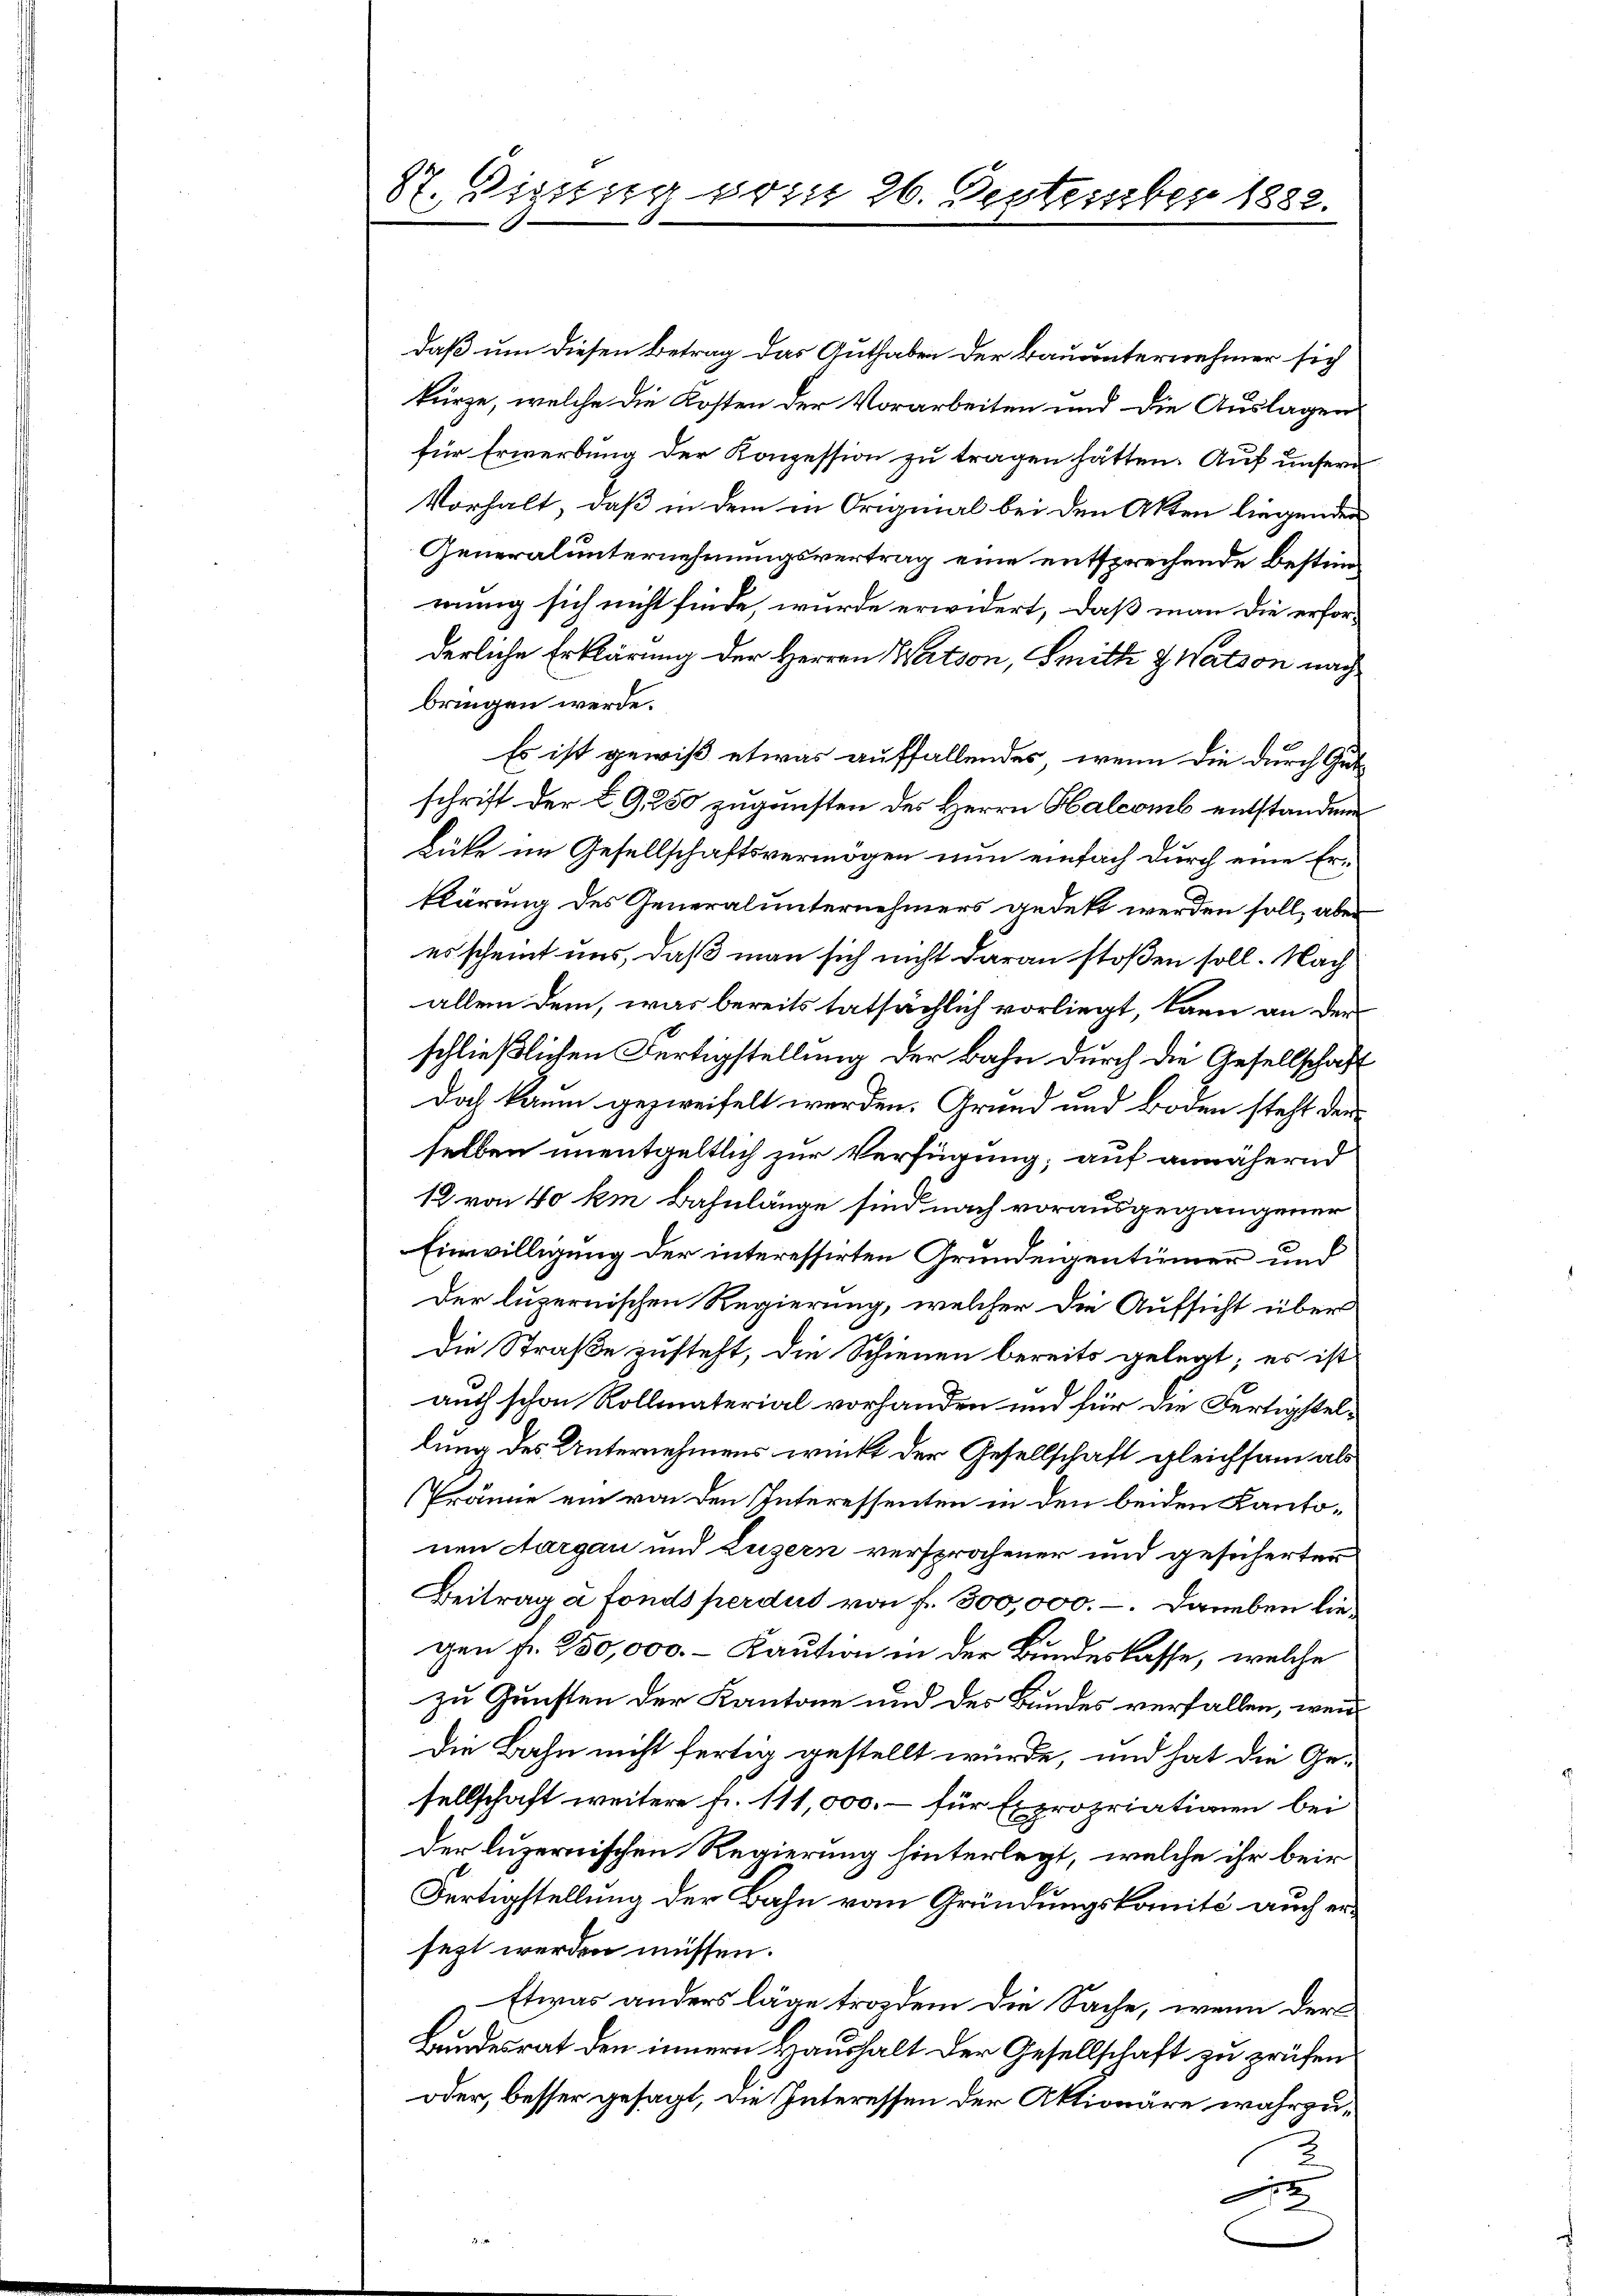
87. Digung vom 26. Destember 1882.

daß um diesen Betrag das Guthaben der Bauunternehmer sich
kürze, welche die Kosten der Vorarbeiten und die Auslagen
für Erwerbung der Konzession zu tragen hätten. Auf unsern
Vorhalt, daß in dem in Original bei den Akten liegenden
Generalunternehmungsvertrag eine entsprechende bestimmung sich nicht finde, wurde erwidert, daß man die erforderliche Erklärung der Herren Witson, Smith & Wation nach
bringen werde.
Es ist gewiß etwas auffallendes, wenn die durch Gutschrift der § 9250 zugunsten des Herrn Halcomb entstandene
Lüte im Gesellschaftsvermögen nun einfach durch eine Erklärung des Generalunternehmers gedekt werden soll, aber
es scheint uns, daß man sich nicht daran stoßen soll. Nach
allein dem, was bereits tatsächlich vorliegt, kann an derschließlichen Fertigstellung der Bahn durch die Gesellschaft
Das kaum gezweifelt werden. Grund und Boden steht der
selben unentgeltlich zur Verfügung; auf annähernd
12 von 40 km Bahnlänge sind nach vorausgegangener
Einwilligung der interessirten Grundeigentümer und
Der luzernischen Regierung, welcher die Aufsicht über
Die Straße zusteht, die Schienen bereits gelegt; es ist
auch schon Rollmaterial vorhanden und für die Fertigstellung des Unternehmens wirkt der Gesellschaft gleichsam als
Fräne ein von den Interessenten in den beiden Kantonen Aargau und Luzern versprochener und gesicherter
Beitrag a fonds perdut von f. 300,000.-. Daneben liegen fr. 350,000. - Kaution in der Bundeslasse, welche
zu Gunsten der Kantone und des Bundes verfallen, wenn
Die Bahn nicht fertig gestellt würde, und hat die Gesellschaft weitere fr. 111,000. – für Expropriationen bei
der luzernischen Regierung hinterlegt, welche ihr beir
Fertigstellung der Bahn vom Gründungskomité auch ersezt werden müssen.
Etwas anders läge trozdem die Sache, wenn der
Bundesrat den innern Haushalt der Gesellschaft zu prüfen
oder, besser gesagt, die Interessen der Aktionäre wahrzu¬
2
e
2